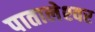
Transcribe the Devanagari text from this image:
पातालेश्‍वर